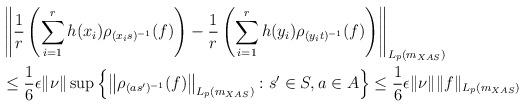
LaTeX: \begin{align*}& \left\| \frac{1}{r}\left(\sum_{i=1}^r{h(x_i)\rho_{(x_is)^{-1}}(f)}\right) - \frac{1}{r}\left(\sum_{i=1}^r{h(y_i)\rho_{(y_it)^{-1}}(f)}\right)\right\|_{L_p(m_{XAS})}\\ & \leq \frac{1}{6}\epsilon \|\nu\|\sup{\left\{\left\|\rho_{(as')^{-1}}(f)\right\|_{L_p(m_{XAS})} : s' \in S, a \in A\right\}} \leq \frac{1}{6}\epsilon \|\nu\|\|f\|_{L_p(m_{XAS})}\end{align*}